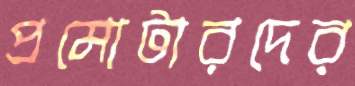
প্রমোটারদের